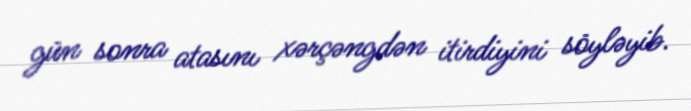
gün sonra atasını xərçəngdən itirdiyini söyləyib.